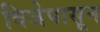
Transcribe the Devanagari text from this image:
विजेपासून